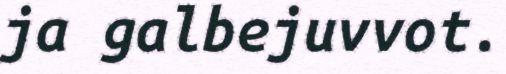
ja galbejuvvot.